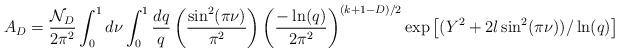
LaTeX: \begin{align*}A_{D} = \frac{{\cal N}_D}{2\pi^2} \int_0^1 d\nu \int_0^1 \frac{dq}{q}\left(\frac{\sin^2(\pi\nu)}{\pi^2}\right) \left(\frac{-\ln(q)}{2\pi^2}\right)^{(k+1-D)/2}\exp\left[ (Y^2 + 2 l \sin^2(\pi\nu))/\ln(q) \right]\end{align*}